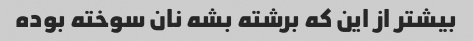
بیشتر از این که برشته بشه نان سوخته بوده